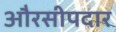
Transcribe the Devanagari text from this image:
औरसीपदार